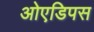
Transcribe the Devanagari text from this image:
ओएडिपस